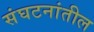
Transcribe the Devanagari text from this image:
संघटनांतील